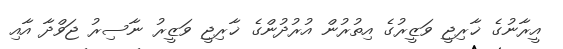
އީރާނުގެ ޚާރިޖީ ވަޒީރުގެ އިތުރުން އުރުދުންގެ ޚާރިޖީ ވަޒީރު ނާސިރު ޖަވްދާ އާއި